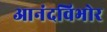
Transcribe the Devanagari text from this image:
आनंदविभोर